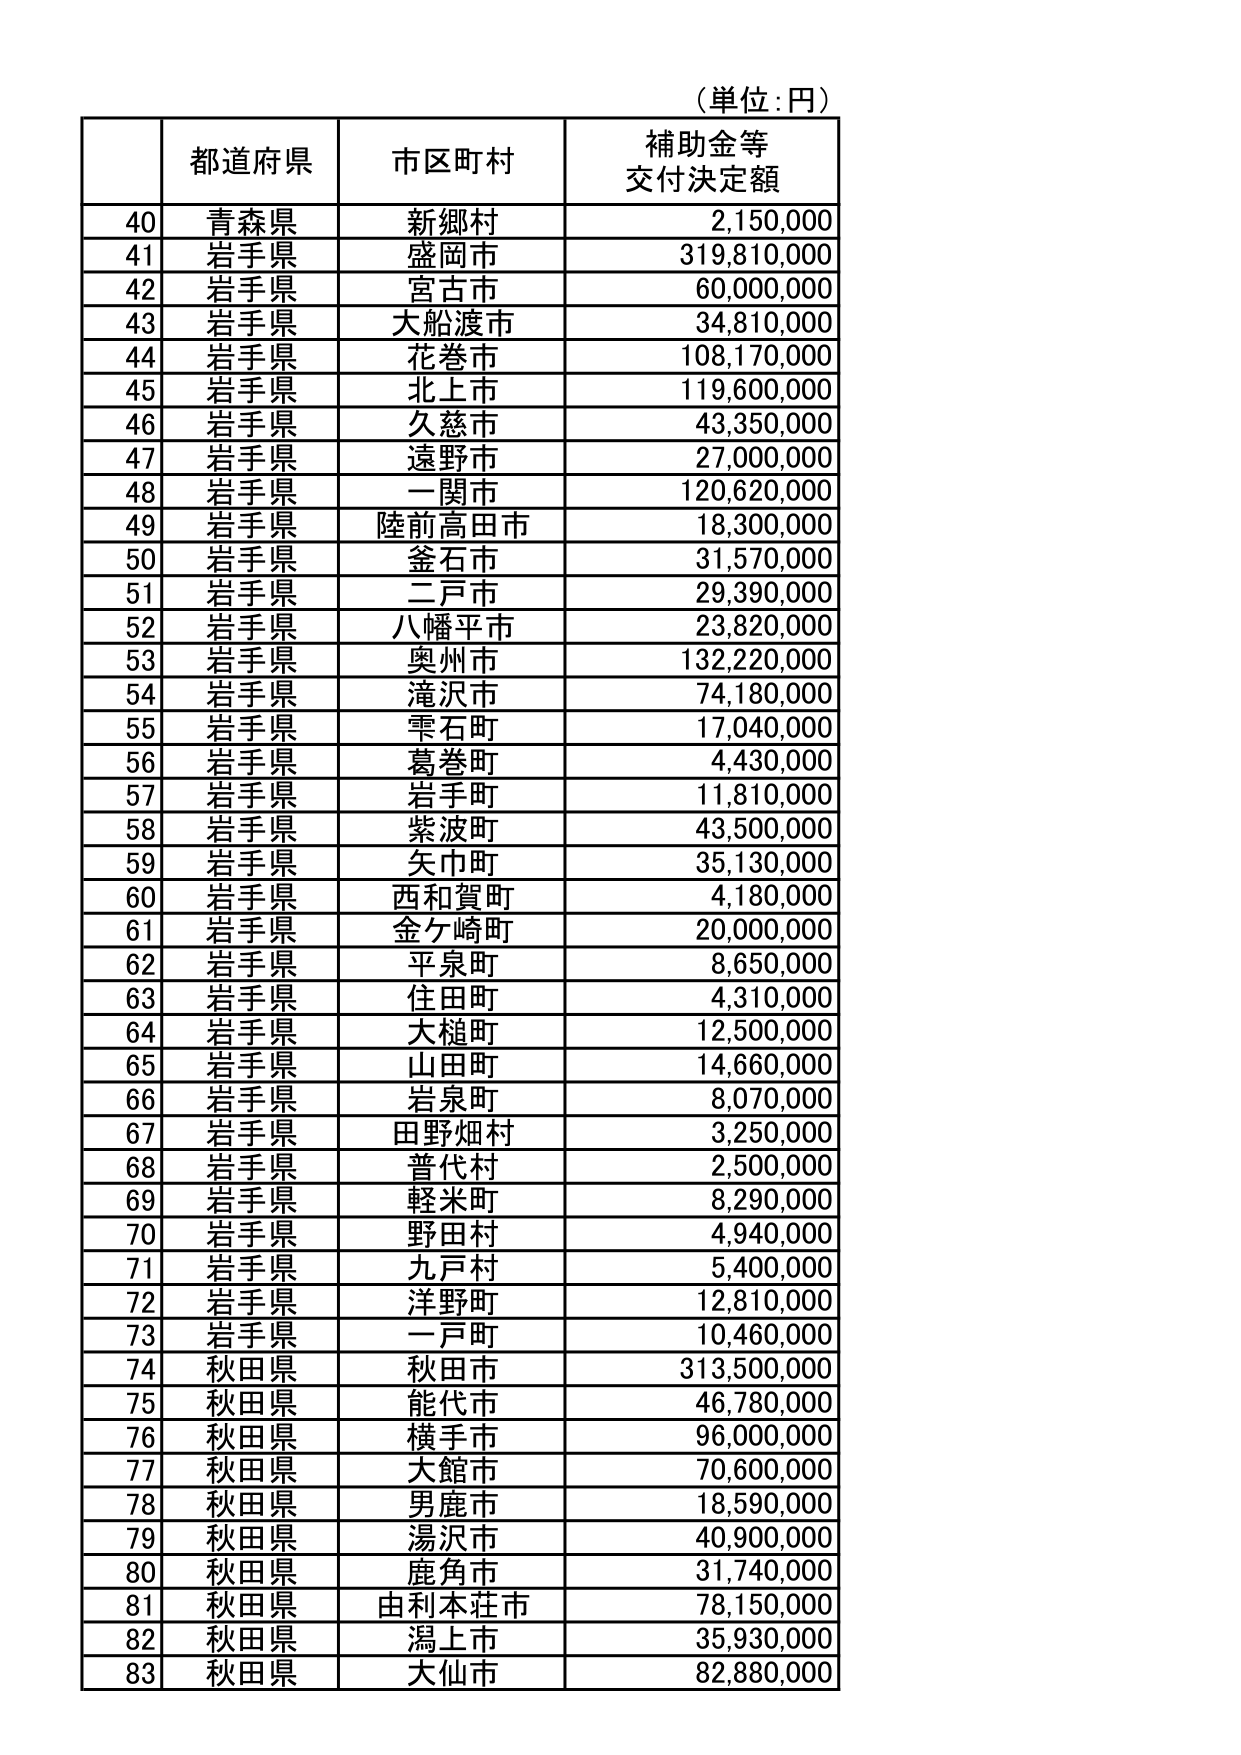
（単位：円）

都道府県　市区町村　補助金等交付決定額

40　青森県　新郷村　2,150,000
41　岩手県　盛岡市　319,810,000
42　岩手県　宮古市　60,000,000
43　岩手県　大船渡市　34,810,000
44　岩手県　花巻市　108,170,000
45　岩手県　北上市　119,600,000
46　岩手県　久慈市　43,350,000
47　岩手県　遠野市　27,000,000
48　岩手県　一関市　120,620,000
49　岩手県　陸前高田市　18,300,000
50　岩手県　釜石市　31,570,000
51　岩手県　二戸市　29,390,000
52　岩手県　八幡平市　23,820,000
53　岩手県　奥州市　132,220,000
54　岩手県　滝沢市　74,180,000
55　岩手県　雫石町　17,040,000
56　岩手県　葛巻町　4,430,000
57　岩手県　岩手町　11,810,000
58　岩手県　紫波町　43,500,000
59　岩手県　矢巾町　35,130,000
60　岩手県　西和賀町　4,180,000
61　岩手県　金ケ崎町　20,000,000
62　岩手県　平泉町　8,650,000
63　岩手県　住田町　4,310,000
64　岩手県　大槌町　12,500,000
65　岩手県　山田町　14,660,000
66　岩手県　岩泉町　8,070,000
67　岩手県　田野畑村　3,250,000
68　岩手県　普代村　2,500,000
69　岩手県　軽米町　8,290,000
70　岩手県　野田村　4,940,000
71　岩手県　九戸村　5,400,000
72　岩手県　洋野町　12,810,000
73　岩手県　一戸町　10,460,000
74　秋田県　秋田市　313,500,000
75　秋田県　能代市　46,780,000
76　秋田県　横手市　96,000,000
77　秋田県　大館市　70,600,000
78　秋田県　男鹿市　18,590,000
79　秋田県　湯沢市　40,900,000
80　秋田県　鹿角市　31,740,000
81　秋田県　由利本荘市　78,150,000
82　秋田県　潟上市　35,930,000
83　秋田県　大仙市　82,880,000